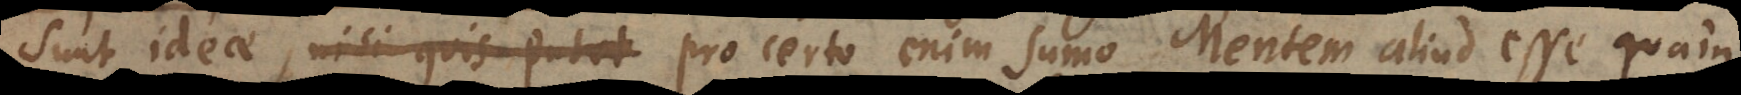
sunt ideae, nisi quis putet pro certo enim sumo Mentem aliud esse quam